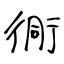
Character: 衕